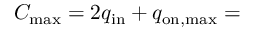
C _ { \mathrm { m a x } } = 2 q _ { \mathrm { i n } } + q _ { \mathrm { o n , m a x } } =